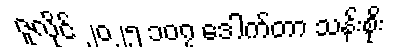
ဇူလိုင် ၂၀၂၅ ၁၀၇ ဒေါက်တာ သန်းစိုး